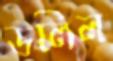
ডলিল